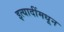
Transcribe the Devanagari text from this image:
इत्यादींमधून